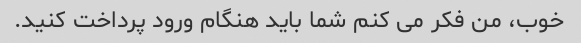
خوب، من فکر می کنم شما باید هنگام ورود پرداخت کنید.